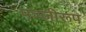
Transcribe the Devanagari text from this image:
पञ्जीरूप